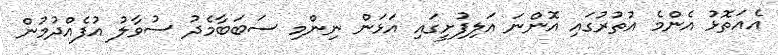
އެއަތޮޅު އެންމެ އުތުރުގައި އޮންނަ އަލިފުށީގައި އަޅަން ނިންމި ސަބަބާމެދު ސުވާލު އުފެއްދުމުން